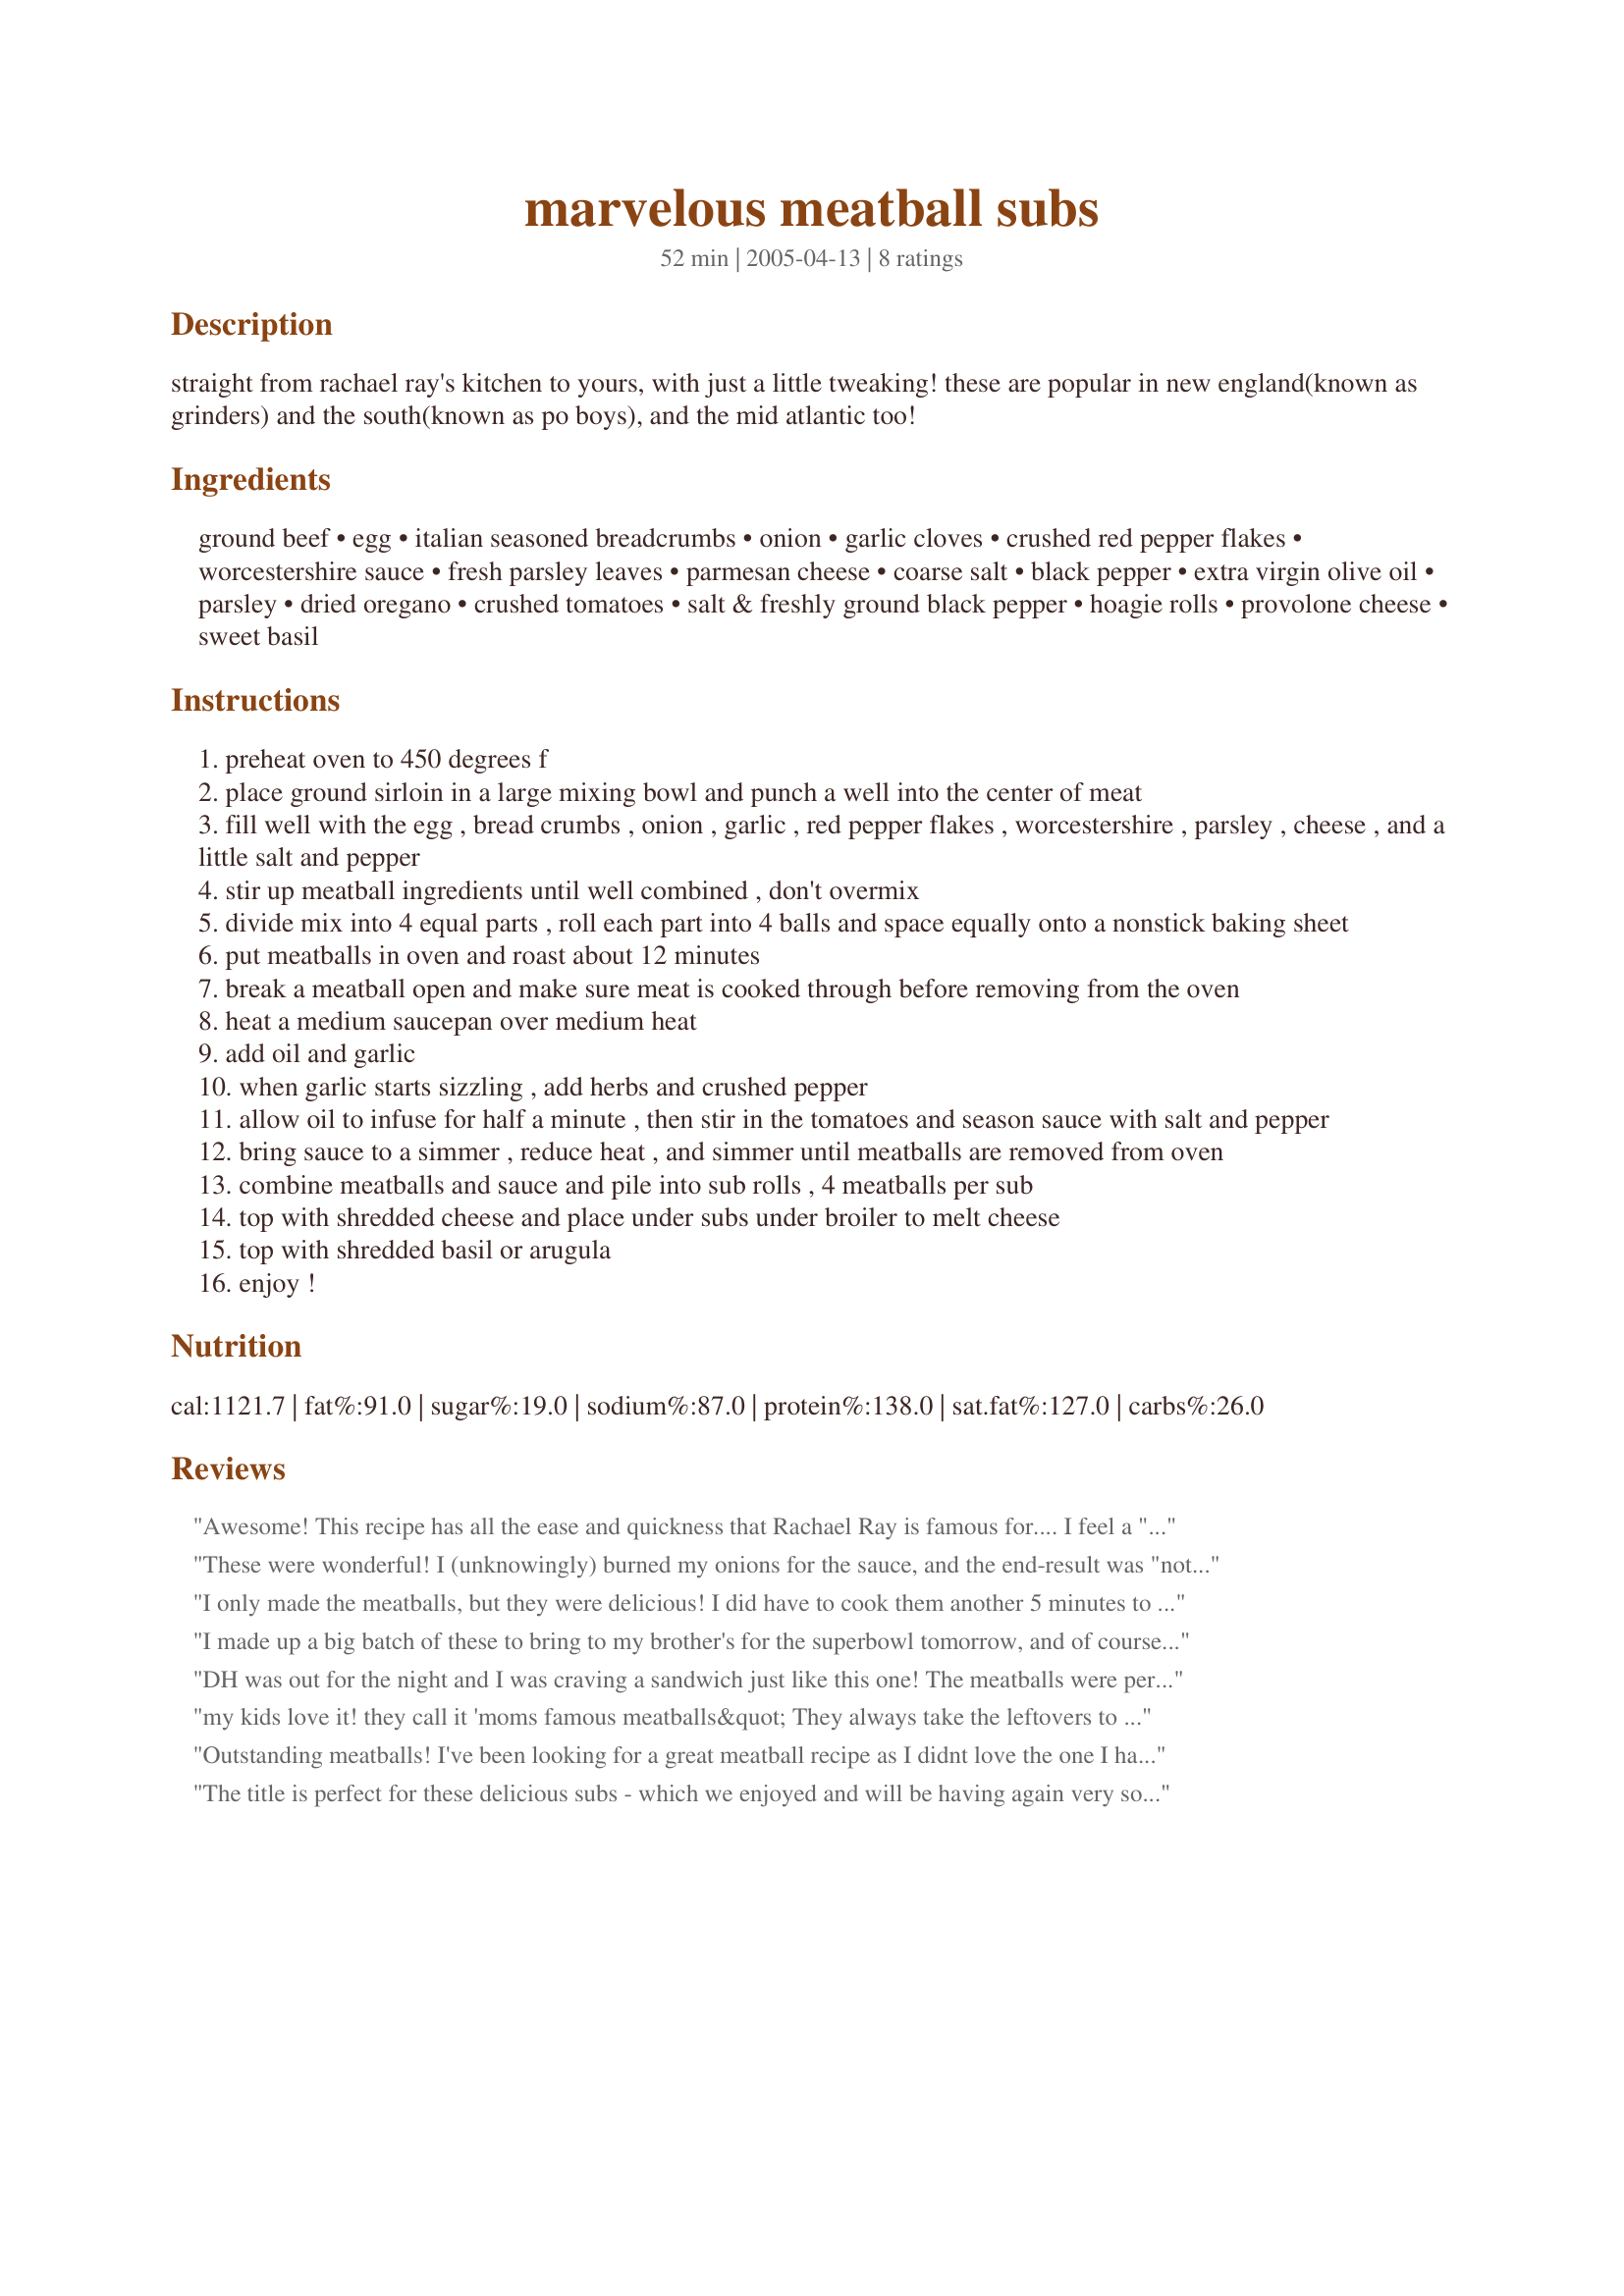
marvelous meatball subs
Preparation time: 52 minutes

straight from rachael ray's kitchen to yours, with just a little tweaking! these are popular in new england(known as grinders) and the south(known as po boys), and the mid atlantic too!

Ingredients:
ground beef, egg, italian seasoned breadcrumbs, onion, garlic cloves, crushed red pepper flakes, worcestershire sauce, fresh parsley leaves, parmesan cheese, coarse salt, black pepper, extra virgin olive oil, parsley, dried oregano, crushed tomatoes, salt & freshly ground black pepper, hoagie rolls, provolone cheese, sweet basil

Steps:
preheat oven to 450 degrees f
place ground sirloin in a large mixing bowl and punch a well into the center of meat
fill well with the egg , bread crumbs , onion , garlic , red pepper flakes , worcestershire , parsley , cheese , and a little salt and pepper
stir up meatball ingredients until well combined , don't overmix
divide mix into 4 equal parts , roll each part into 4 balls and space equally onto a nonstick baking sheet
put meatballs in oven and roast about 12 minutes
break a meatball open and make sure meat is cooked through before removing from the oven
heat a medium saucepan over medium heat
add oil and garlic
when garlic starts sizzling , add herbs and crushed pepper
allow oil to infuse for half a minute , then stir in the tomatoes and season sauce with salt and pepper
bring sauce to a simmer , reduce heat , and simmer until meatballs are removed from oven
combine meatballs and sauce and pile into sub rolls , 4 meatballs per sub
top with shredded cheese and place under subs under broiler to melt cheese
top with shredded basil or arugula
enjoy !

Reviews:
Awesome! This recipe has all the ease and quickness that Rachael Ray is famous for.... I feel a "yummo" coming on!! I halved the recipe and it made 4 big subs - DELICIOUS AND FAST! I was a bit skeptical with the sauce since it is put together so fast, but the flavors were there and in fractions of the usual time. It seemed like my meatballs had more onions then they should have... but once they cooked, they were perfect! Thanks Sharon!
These were wonderful! I (unknowingly) burned my onions for the sauce, and the end-result was "not very tasty". So I had to use jarred spaghetti sauce, but the meatballs were DELICIOUS. Thanks so much-
I only made the meatballs, but they were delicious! I did have to cook them another 5 minutes to be done, though. Overall, it was a quick and easy recipe. Thanks!
I made up a big batch of these to bring to my brother's for the superbowl tomorrow, and of course I had to sample them! The meatballs are tender and have excellent flavor. The sauce is awesome and I loved the flavor of the red peppers in them. They will be a big hit tomorrow!
DH was out for the night and I was craving a sandwich just like this one! The meatballs were perfect and I loved the sauce. I was tempted to reduce the pepper flakes as I am a heat wimp but went with the recipe as is. I'm so glad I did - it was in fact 'marvellous! I made it in an 8" sub roll which I had slightly hollowed out and scarfed the lot. This is now my 'go to' meatball sub recipe.
my kids love it! they call it 'moms famous meatballs&quot; They always take the leftovers to school the next day
Outstanding meatballs! I've been looking for a great meatball recipe as I didnt love the one I had. Very easy to make. The only thing I will do differently next time is to reduce the amount of garlic (believe it or not I am a garlic lover). These balls made a fabulous sub sandwich!
Thanks Sharon!
The title is perfect for these delicious subs - which we enjoyed and will be having again very soon. I made a few minor changes based on what I had on hand and our tastes by using only 1/2 onion and skipping the red pepper flakes (out of). I used the Italian blend cheese which had mozzarella and parmesan together. I was able to make six subs out of the meatball mixture, but my meatballs and sub rolls may have been a bit smaller than the chef's. Not to worry the three of us devoured all six subs. Thanks for sharing this perfect sandwich supper recipe!
